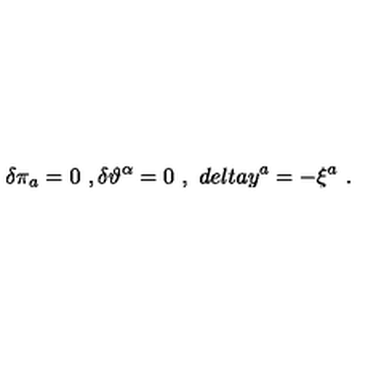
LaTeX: \delta \pi _ { a } = 0 \ , \delta \vartheta ^ { \alpha } = 0 \ , \ d e l t a y ^ { a } = - \xi ^ { a } \ .